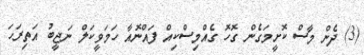
(3) ދެން މާސް ކޮށީމަގެން ގޮހޮ ގެއްމިސްކިއް ފައްނޮއާ ހަމަވީކަލް ނަޖީބު އަތިރަހަ